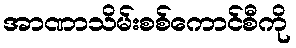
အာဏာသိမ်းစစ်ကောင်စီကို